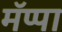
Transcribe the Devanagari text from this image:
मॅप्पा